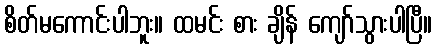
စိတ်မကောင်းပါဘူး။ ထမင်း စား ချိန် ကျော်သွားပါပြီ။